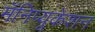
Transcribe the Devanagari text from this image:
मॅनिप्यूकेशन